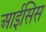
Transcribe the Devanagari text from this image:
आईसिस